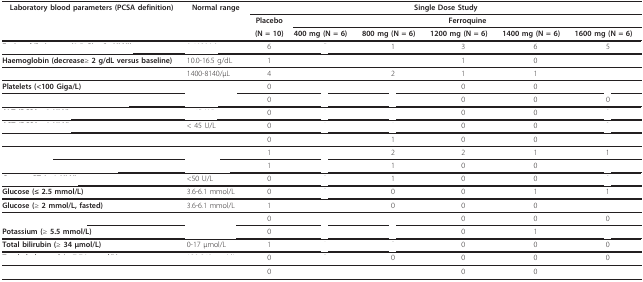
<table><thead><tr><td><b>Laboratory blood parameters (PCSA definition)</b></td><td><b>Normal range</b></td><td colspan="6"><b>Single Dose Study</b></td></tr><tr><td>[EMPTY_CELL]</td><td>[EMPTY_CELL]</td><td><b>Placebo</b></td><td colspan="5"><b>Ferroquine</b></td></tr><tr><td>[EMPTY_CELL]</td><td>[EMPTY_CELL]</td><td><b>(N = 10)</b></td><td><b>400 mg (N = 6)</b></td><td><b>800 mg (N = 6)</b></td><td><b>1200 mg (N = 6)</b></td><td><b>1400 mg (N = 6)</b></td><td><b>1600 mg (N = 6)</b></td></tr></thead><tbody><tr><td>[EMPTY_CELL]</td><td>[EMPTY_CELL]</td><td>6</td><td>[EMPTY_CELL]</td><td>1</td><td>3</td><td>6</td><td>5</td></tr><tr><td><b>Haemoglobin (decrease</b>≥ <b>2 g/dL versus baseline)</b></td><td>10.0-16.5 g/dL</td><td>1</td><td>[EMPTY_CELL]</td><td>[EMPTY_CELL]</td><td>1</td><td>0</td><td>[EMPTY_CELL]</td></tr><tr><td>[EMPTY_CELL]</td><td>1400-8140/μL</td><td>4</td><td>[EMPTY_CELL]</td><td>2</td><td>1</td><td>1</td><td>[EMPTY_CELL]</td></tr><tr><td><b>Platelets (&lt;100 Giga/L)</b></td><td>[EMPTY_CELL]</td><td>0</td><td>[EMPTY_CELL]</td><td>[EMPTY_CELL]</td><td>0</td><td>0</td><td>[EMPTY_CELL]</td></tr><tr><td>[EMPTY_CELL]</td><td>[EMPTY_CELL]</td><td>0</td><td>[EMPTY_CELL]</td><td>[EMPTY_CELL]</td><td>0</td><td>0</td><td>0</td></tr><tr><td>[EMPTY_CELL]</td><td>[EMPTY_CELL]</td><td>0</td><td>[EMPTY_CELL]</td><td>[EMPTY_CELL]</td><td>0</td><td>0</td><td>[EMPTY_CELL]</td></tr><tr><td>[EMPTY_CELL]</td><td>&lt; 45 U/L</td><td>0</td><td>[EMPTY_CELL]</td><td>[EMPTY_CELL]</td><td>0</td><td>0</td><td>[EMPTY_CELL]</td></tr><tr><td>[EMPTY_CELL]</td><td>[EMPTY_CELL]</td><td>0</td><td>[EMPTY_CELL]</td><td>1</td><td>0</td><td>0</td><td>[EMPTY_CELL]</td></tr><tr><td>[EMPTY_CELL]</td><td>[EMPTY_CELL]</td><td>1</td><td>[EMPTY_CELL]</td><td>2</td><td>2</td><td>1</td><td>1</td></tr><tr><td>[EMPTY_CELL]</td><td>[EMPTY_CELL]</td><td>1</td><td>[EMPTY_CELL]</td><td>1</td><td>0</td><td>0</td><td>[EMPTY_CELL]</td></tr><tr><td>[EMPTY_CELL]</td><td>&lt;50 U/L</td><td>0</td><td>[EMPTY_CELL]</td><td>1</td><td>0</td><td>0</td><td>[EMPTY_CELL]</td></tr><tr><td><b>Glucose (≤ 2.5 mmol/L)</b></td><td>3.6-6.1 mmol/L</td><td>0</td><td>[EMPTY_CELL]</td><td>0</td><td>0</td><td>1</td><td>1</td></tr><tr><td><b>Glucose (</b>≥ <b>2 mmol/L, fasted)</b></td><td>3.6-6.1 mmol/L</td><td>1</td><td>[EMPTY_CELL]</td><td>0</td><td>0</td><td>0</td><td>[EMPTY_CELL]</td></tr><tr><td>[EMPTY_CELL]</td><td>[EMPTY_CELL]</td><td>0</td><td>[EMPTY_CELL]</td><td>[EMPTY_CELL]</td><td>0</td><td>0</td><td>0</td></tr><tr><td><b>Potassium (</b>≥ <b>5.5 mmol/L)</b></td><td>[EMPTY_CELL]</td><td>0</td><td>[EMPTY_CELL]</td><td>[EMPTY_CELL]</td><td>0</td><td>1</td><td>[EMPTY_CELL]</td></tr><tr><td><b>Total bilirubin (</b>≥ <b>34 μmol/L)</b></td><td>0-17 μmol/L</td><td>1</td><td>[EMPTY_CELL]</td><td>[EMPTY_CELL]</td><td>0</td><td>0</td><td>0</td></tr><tr><td>[EMPTY_CELL]</td><td>[EMPTY_CELL]</td><td>0</td><td>[EMPTY_CELL]</td><td>0</td><td>0</td><td>0</td><td>0</td></tr><tr><td>[EMPTY_CELL]</td><td>[EMPTY_CELL]</td><td>0</td><td>[EMPTY_CELL]</td><td>[EMPTY_CELL]</td><td>0</td><td>0</td><td>[EMPTY_CELL]</td></tr></tbody></table>